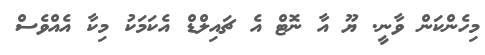
މިހެންކަން ވާނީ. ޔޫ އާ ނޮޓް އެ ޗައިލްޑް އެކަމަކު މިކާ އެއްވެސް